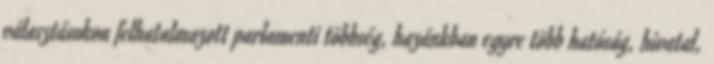
választásokon felhatalmazott parlamenti többség, hazánkban egyre több hatóság, hivatal,